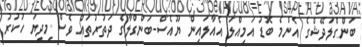
ބަންގްލަދޭޝްގެ އެންމެ ބޮޑު އަމިއްލަ އެއާލައިން ޔޫއެސް-ބަންގްލާގެ ދަތުރުތައް ވެސް މިދިޔަ ހުކުރު